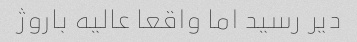
دیر رسید اما واقعا عالیه باروژ